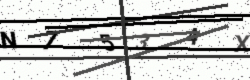
Text: N7534X